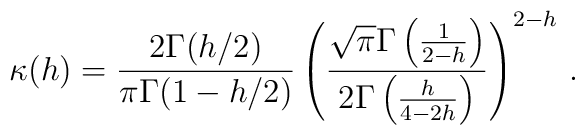
\kappa(h) =\frac{2\Gamma (h/2)}{\pi \Gamma (1-h/2)}\left( \frac{\sqrt{\pi}\Gamma \left( \frac{1}{2-h}\right)}{2 \Gamma \left( \frac{h}{4-2h}\right) }\right) ^{2-h}\, .